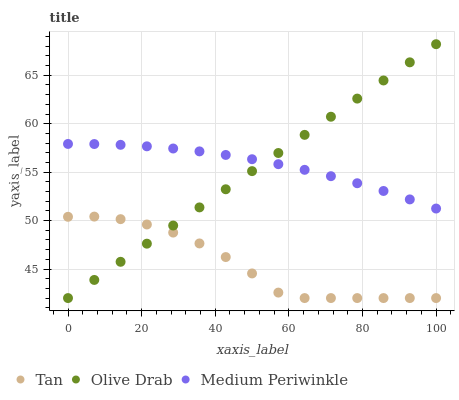
| xaxis_label | Tan | Olive Drab | Medium Periwinkle |
 | --- | --- | --- | --- |
 | 0 | 50.4 | 42 | 57.9 |
 | 7.14 | 50.4 | 43.9 | 57.9 |
 | 14.3 | 50.1 | 45.7 | 57.8 |
 | 21.4 | 49.6 | 47.6 | 57.7 |
 | 28.6 | 48.8 | 49.5 | 57.4 |
 | 35.7 | 47.6 | 51.4 | 57.1 |
 | 42.9 | 46.2 | 53.2 | 56.8 |
 | 50 | 44.5 | 55.1 | 56.3 |
 | 57.1 | 42.6 | 57 | 55.8 |
 | 64.3 | 42 | 58.8 | 55.2 |
 | 71.4 | 42 | 60.7 | 54.6 |
 | 78.6 | 42 | 62.6 | 53.9 |
 | 85.7 | 42 | 64.5 | 53.1 |
 | 92.9 | 42 | 66.3 | 52.2 |
 | 100 | 42 | 68.2 | 51.2 |